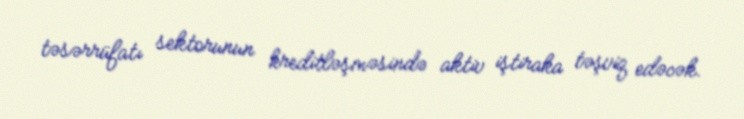
təsərrüfatı sektorunun kreditləşməsində aktiv iştiraka təşviq edəcək.